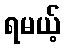
ရမယ့်